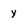
Character: y